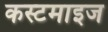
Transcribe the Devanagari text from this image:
कस्टमाइज